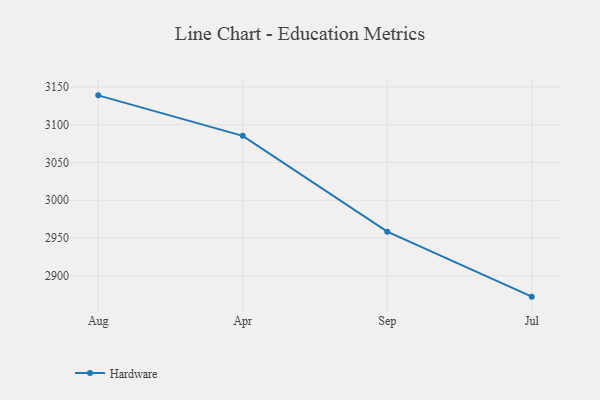
{"axis": {"x": "Month", "y": "Customer Acquisition Cost (USD)"}, "legend": ["Hardware"], "data": [{"x": "Aug", "y": 3138.9, "type": "Hardware"}, {"x": "Apr", "y": 3085.3, "type": "Hardware"}, {"x": "Sep", "y": 2958.4, "type": "Hardware"}, {"x": "Jul", "y": 2872.3, "type": "Hardware"}]}